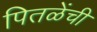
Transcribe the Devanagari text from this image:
पितळेंची